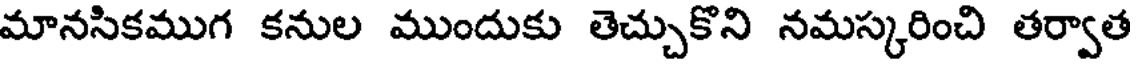
మానసికముగ కనుల ముందుకు తెచ్చుకొని నమస్కరించి తర్వాత